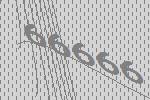
66666